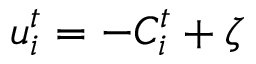
u _ { i } ^ { t } = - C _ { i } ^ { t } + \zeta